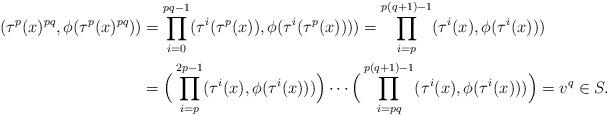
LaTeX: \begin{align*} (\tau^p(x)^{pq},\phi(\tau^p(x)^{pq})) & =\prod_{i=0}^{pq-1}(\tau^i(\tau^p(x)),\phi(\tau^i(\tau^p(x))))=\prod_{i=p}^{p(q+1)-1}(\tau^i(x),\phi(\tau^i(x)))\\ & =\Big(\prod_{i=p}^{2p-1}(\tau^i(x),\phi(\tau^i(x)))\Big)\dotsm\Big(\prod_{i=pq}^{p(q+1)-1}(\tau^i(x),\phi(\tau^i(x)))\Big)=v^q\in S. \end{align*}